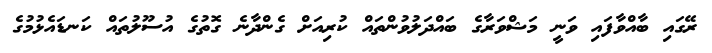
ރޭގައި ބާއްވާފައި ވަނީ މަޝްވަރާގެ ބައްދަލުވުންތައް ކުރިއަށް ގެންދާނެ ގޮތުގެ އުސޫލުތައް ކަނޑައެޅުމުގެ